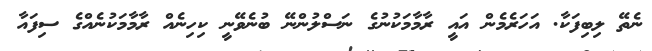
ނެތޭ ލިބިފަކާ. އަހަރެމެން އައީ ރާމާމަކުނުގެ ނަސްލުންނޭ ބުނެވޭނީ ކިހިނެއް ރާމާމަކުނެއްގެ ސިފައާ